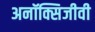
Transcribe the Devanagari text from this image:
अनॉक्सिजीवी